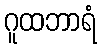
ဂူထဘာရံ